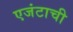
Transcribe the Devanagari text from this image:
एजंटाची